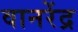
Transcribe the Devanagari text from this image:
वानरेंद्र